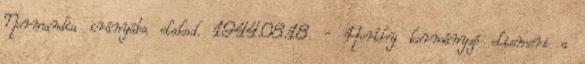
Normandia irányába elakad. 1944.08.18. - Horthy kormányzó elismeri a